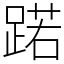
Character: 蹃